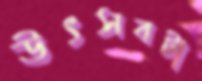
উৎসবটা